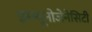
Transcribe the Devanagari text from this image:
इम्म्यूनोजेनेसिटी